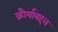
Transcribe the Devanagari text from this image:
क्रौर्याबद्दल